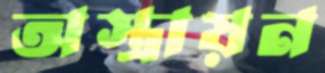
অস্ত্রায়ন